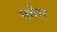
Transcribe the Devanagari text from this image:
नतेन